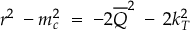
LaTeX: r ^ { 2 } \: - m _ { c } ^ { 2 } \; = \; - 2 \overline { { { Q } } } ^ { 2 } \: - \: 2 k _ { T } ^ { 2 }